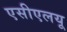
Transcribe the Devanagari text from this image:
एसीएलयू